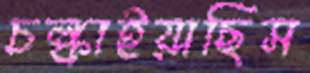
চল্‌কাইয়াছিস